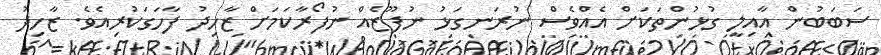
ސަބަބުން އާއިލީ ގުޅުންތަކަށް އެއްވެސް ނުރަނގަޅު ނުފޫޒެއް ނުފޯރާކަމަށް ޒާހިދު ފާހަަގަކުރިއެވެ. ޒާހިދު